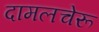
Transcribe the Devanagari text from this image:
दामलचेरू